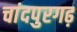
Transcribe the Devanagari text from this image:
चांदपुरगढ़